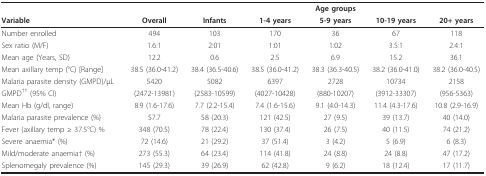
|  |  | <COLSPAN=5> Age groups |
 | Variable | Overall | Infants | 1-4 years | 5-9 years | 10-19 years | 20+ years |
 | --- | --- | --- | --- | --- | --- | --- |
 | Number enrolled | 494 | 103 | 170 | 36 | 67 | 118 |
 | Sex ratio (M/F) | 1.6:1 | 2:01 | 1:01 | 1:02 | 3.5:1 | 2.4:1 |
 | Mean age (Years, SD) | 12.2 | 0.6 | 2.5 | 6.9 | 15.2 | 36.1 |
 | Mean axillary temp (°C) [Range] | 38.5 (36.0-41.2) | 38.4 (36.5-40.6) | 38.5 (36.0-41.2) | 38.3 (36.3-40.5) | 38.2 (36.0-41.0) | 38.2 (36.0-40.5) |
 | Malaria parasite density (GMPD)/μL | 5420 | 5082 | 6397 | 2728 | 10734 | 2158 |
 | GMPD†† (95% CI) | (2472-13981) | (2583-10599) | (4027-10428) | (880-10207) | (3912-33307) | (956-5363) |
 | Mean Hb (g/dl, range) | 8.9 (1.6-17.6) | 7.7 (2.2-15.4) | 7.4 (1.6-15.6) | 9.1 (4.0-14.3) | 11.4 (4.3-17.6) | 10.8 (2.9-16.9) |
 | Malaria parasite prevalence (%) | 57.7 | 58 (20.3) | 121 (42.5) | 27 (9.5) | 39 (13.7) | 40 (14.0) |
 | Fever (axillary temp ≥ 37.5°C) % | 348 (70.5) | 78 (22.4) | 130 (37.4) | 26 (7.5) | 40 (11.5) | 74 (21.2) |
 | Severe anaemia* (%) | 72 (14.6) | 21 (29.2) | 37 (51.4) | 3 (4.2) | 5 (6.9) | 6 (8.3) |
 | Mild/moderate anaemia† (%) | 273 (55.3) | 64 (23.4) | 114 (41.8) | 24 (8.8) | 24 (8.8) | 47 (17.2) |
 | Splenomegaly prevalence (%) | 145 (29.3) | 39 (26.9) | 62 (42.8) | 9 (6.2) | 18 (12.4) | 17 (11.7) |